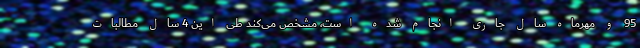
95 و مهرماه سال جاری انجام شده است، مشخص می‌کند طی این 4 سال مطالبات